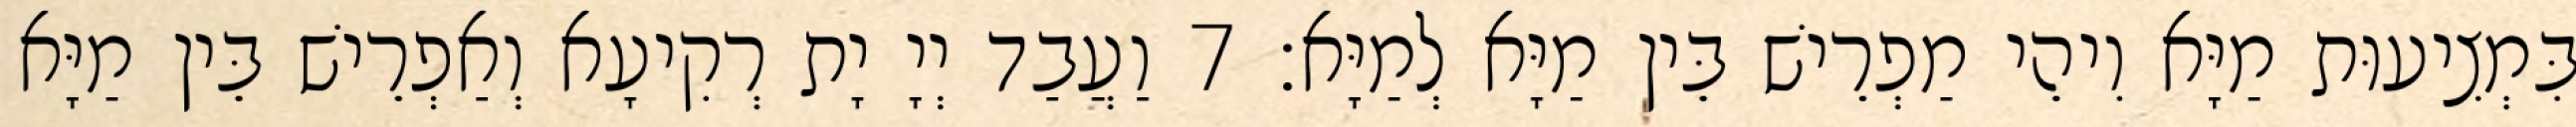
בִּמְצִיעוּת מַיָּא וִיהֵי מַפְרֵישׁ בֵּין מַיָּא לְמַיָּא׃ 7 וַעֲבַד יְיָ יָת רְקִיעָא וְאַפְרֵישׁ בֵּין מַיָּא